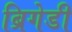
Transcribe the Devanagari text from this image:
ब्रिगेडी